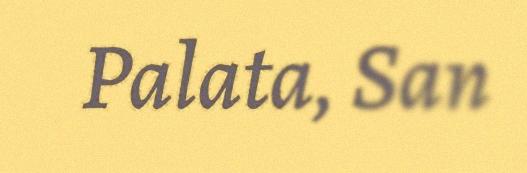
Palata, San